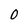
Character: 0